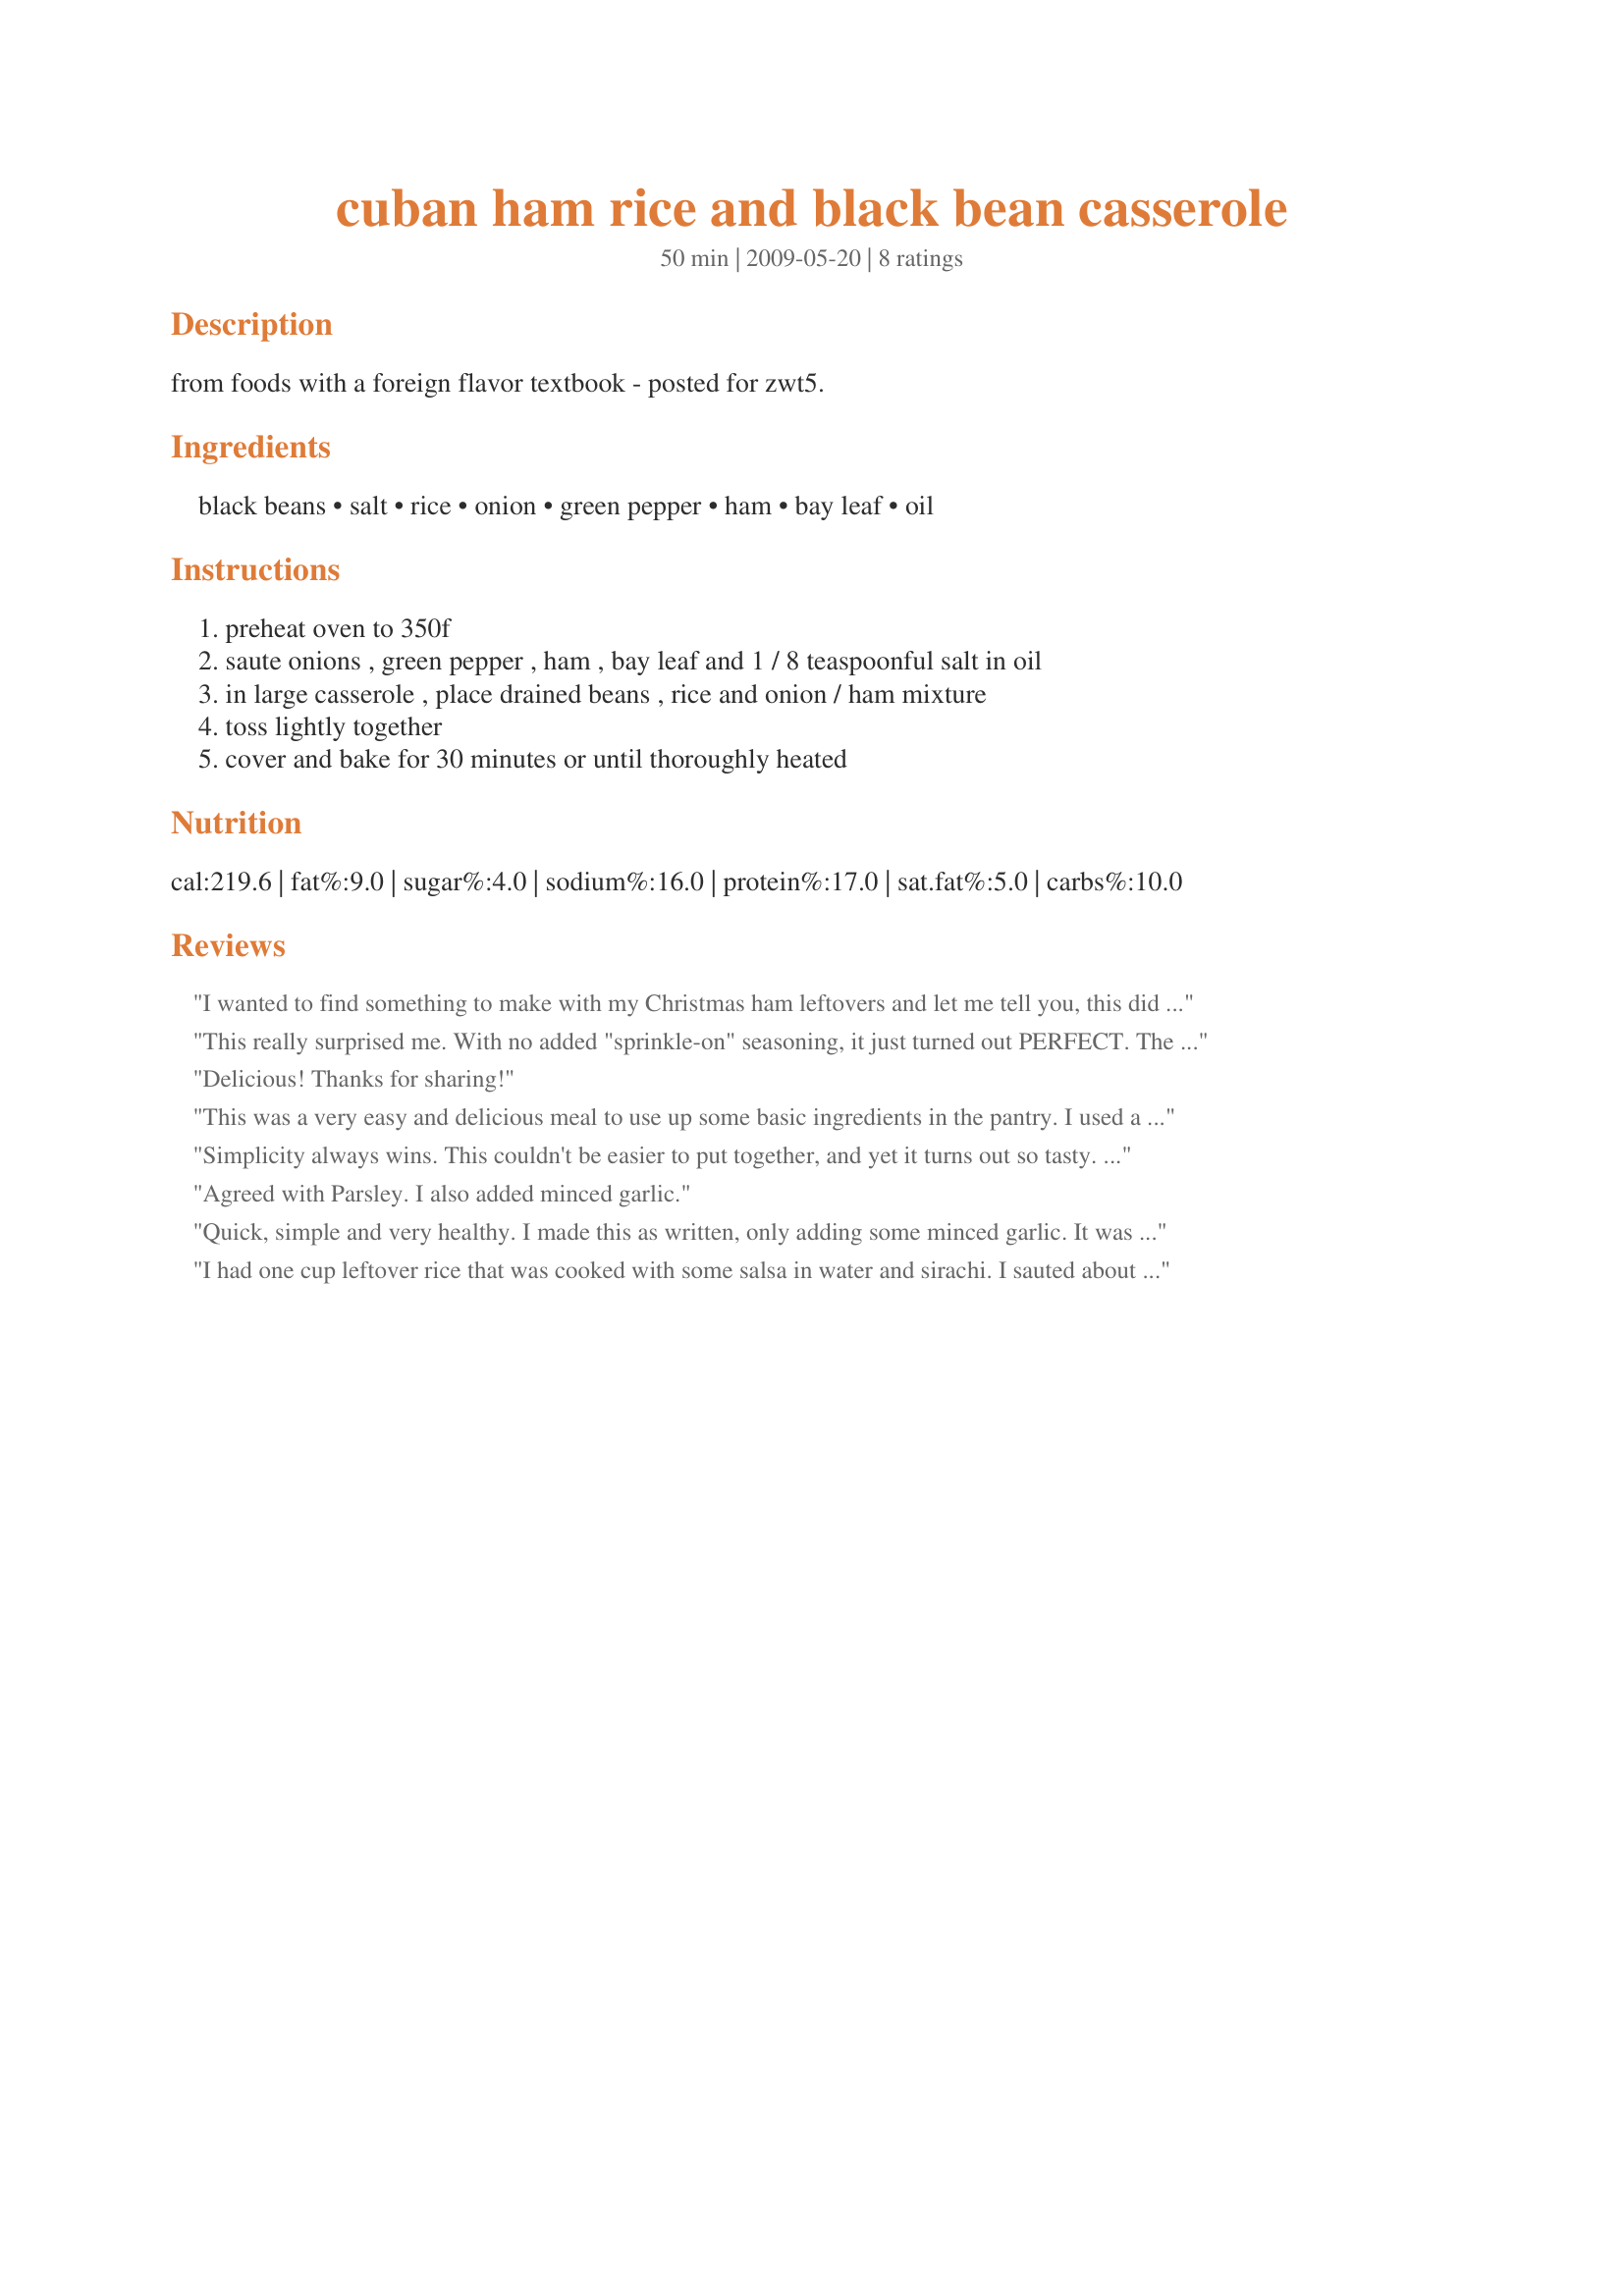
cuban ham rice and black bean casserole
Preparation time: 50 minutes

from foods with a foreign flavor textbook - posted for zwt5.

Ingredients:
black beans, salt, rice, onion, green pepper, ham, bay leaf, oil

Steps:
preheat oven to 350f, saute onions , green pepper , ham , bay leaf and 1 / 8 teaspoonful salt in oil, in large casserole , place drained beans , rice and onion / ham mixture, toss lightly together, cover and bake for 30 minutes or until thoroughly heated

Reviews:
I wanted to find something to make with my Christmas ham leftovers and let me tell you, this did not disappoint! Honestly, I had to modify a little bit and use what I had on hand. I made a triple batch of rice, so I tripled the amounts (mostly) of the other ingredients. First, when I cooked my Christmas ham, I used Ginger Ale in the roaster. When I cooked the rice for this, I used the leftover juices from my pan instead of water (with a splash of Worcestershire sauce). Then, I only had 1 bell pepper, so that's all I could use. I did throw some minced garlic in when I was saut&eacute;ing too. I wasn't too sure how long to saut&eacute; it for, but I cooked it all down pretty well. If you prefer a crunchier taste, I'm sure it would be just as good too. On the advice from another review (plus it's what I had on hand), I used a can of chili beans. They were black beans, but with a chili sauce. I drained the liquid and kept it to add to my bowl when I ate it. Since my stuff was mostly still warm, I only baked it in the oven for 20 minutes. Overall, it was delicious. I'm sure we'll be making it again! Sorry so long!!
This really surprised me. With no added "sprinkle-on" seasoning, it just turned out PERFECT. The bell pepper and onion really do their job here! I used red pepper as that's all I had and that worked just fine. And talk about fast- I used leftover rice, canned black beans, and store bought diced ham. This was GREAT!! I will be making this often.My fiance said to give it 6 stars(he!he!) Made for The Groovy Gastrognomes for ZWT5.
Delicious! Thanks for sharing!
This was a very easy and delicious meal to use up some basic ingredients in the pantry. I used a precooked honey ham from the grocery store, and I omitted the green peppers, added half a cup of kidney beans, and used a drained can of chili beans instead of the black beans. Yummy. We will definitely make this again.
Simplicity always wins. This couldn't be easier to put together, and yet it turns out so tasty. I will be making this again! I even had some cold the next day for lunch. Made by a fellow Groovy GastroGnome for ZWT5.
Agreed with Parsley. I also added 
minced garlic.
Quick, simple and very healthy. I made this as written, only adding some minced garlic. It was very good, but I would have liked some more seasoning. I would probably add thyme, cayenne and/or cumin next time. Overall, it's a yummy and easy lowfat recipe. Thanx!
I had one cup leftover rice that was cooked with some salsa in water and sirachi. I sauted about 3/4 c diced onion, 3 cloves garlic minced, 1/2 green pepper, 1 diced rib of celery, 1 pat butter onmedium low heat. Then added about 1 1/2 cup diced ham and let it saute some over medium heat. Added can of diced tomatoes (mine had jalepenos) , the rice, 1/2 tsp thyme, 1 1/2 tsp creole seasoning, 3/4 tsp rubbed sage, 1 can Cuban style black beans (drained) and rice. Stirred it all together and put lid on my cast iton skillet. Let it simmer over LOW for 30 minutes and oh my we will make this again!
